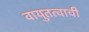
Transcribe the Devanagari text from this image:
वायुतत्वाची